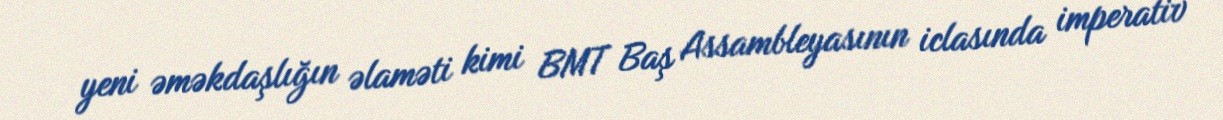
yeni əməkdaşlığın əlaməti kimi BMT Baş Assambleyasının iclasında imperativ